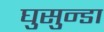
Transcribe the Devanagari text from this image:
घुसुन्डा